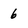
Character: 6